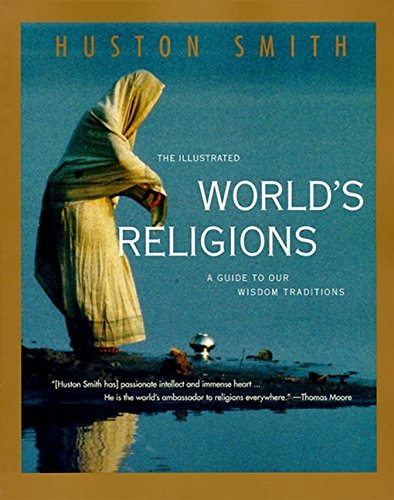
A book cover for The Illustrated World's Religions: A Guide to Our Wisdom Traditions; Huston Smith; Reference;